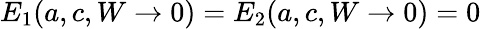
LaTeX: E_{1}(a,c,W\rightarrow 0)=E_{2}(a,c,W\rightarrow 0)=0